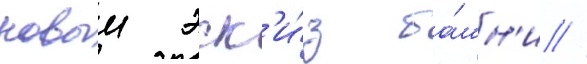
новыи эск'и́з ба́шн'и //